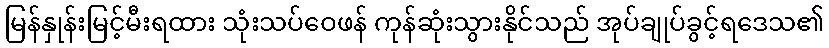
မြန်နှုန်းမြင့်မီးရထား သုံးသပ်ဝေဖန် ကုန်ဆုံးသွားနိုင်သည် အုပ်ချုပ်ခွင့်ရဒေသ၏